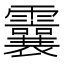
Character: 𩆶